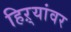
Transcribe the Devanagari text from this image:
हिऱ्यांवर